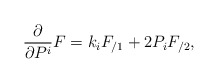
\begin{align*}\frac \partial {\partial P^i}F=k_iF_{/1}+2P_iF_{/2}, \end{align*}